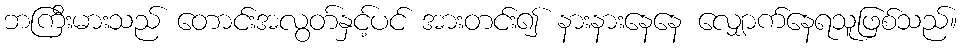
ဘကြီးမားသည် တောင်းအလွတ်နှင့်ပင် အားတင်း၍ နားနားနေနေ လျှောက်နေရသူဖြစ်သည်။